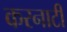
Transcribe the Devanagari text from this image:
करनाटी